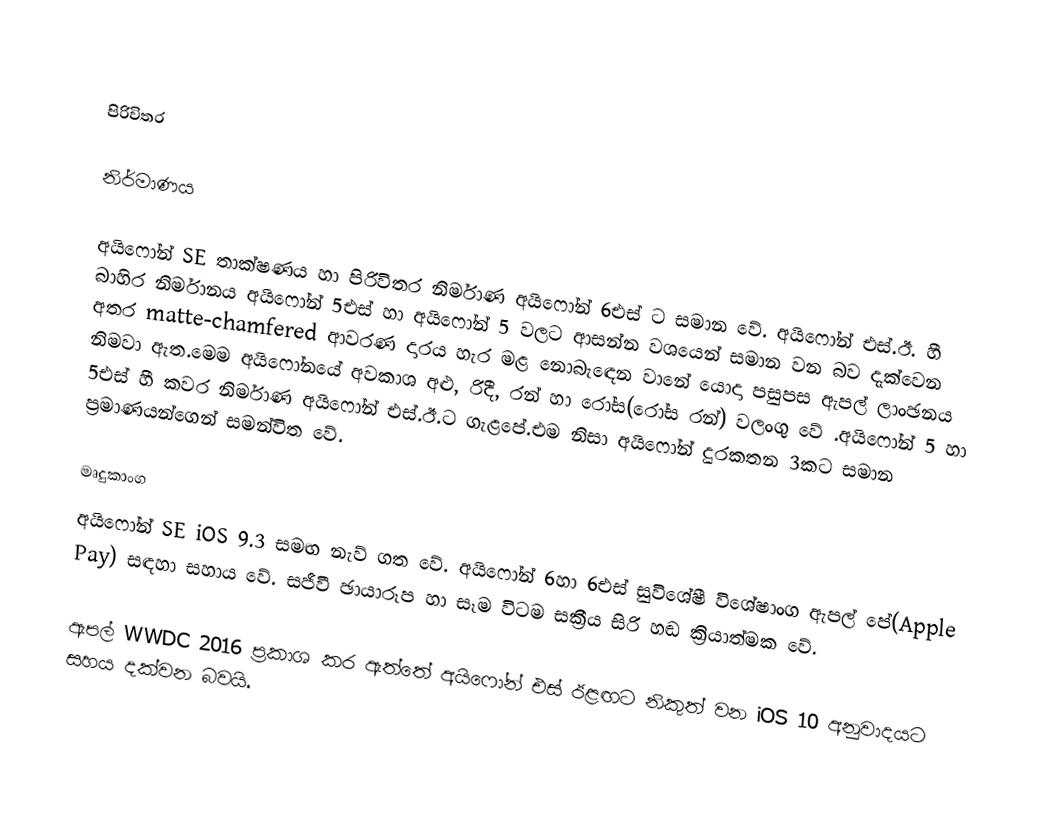

පිරිවිතර

නිර්මාණය

අයිෆෝන් SE තාක්ෂණය හා පිරිවිතර නිර්මාණ අයිෆෝන් 6එස් ට සමාන වේ. අයිෆෝන් එස්.ඊ. හී බාහිර නිර්මානය අයිෆෝන් 5එස් හා අයිෆෝන් 5 වලට ආසන්න වශයෙන් සමාන වන බව දැක්වෙන අතර matte-chamfered ආවරණ දාරය හැර මළ නොබැඳෙන වානේ යොදා පසුපස ඇපල් ලාංඡනය නිමවා ඇත.මෙම අයිෆෝනයේ අවකාශ අළු, රිදී, රන් හා රෝස(රෝස රන්) වලංගු වේ .අයිෆෝන් 5 හා 5එස් හී කවර නිර්මාණ අයිෆෝන් එස්.ඊ.ට ගැළපේ.එම නිසා අයිෆෝන් දුරකතන 3කට සමාන ප්‍රමාණයන්ගෙන් සමන්විත වේ.

මෘදුකාංග
අයිෆෝන් SE iOS 9.3 සමඟ නැව් ගත වේ. අයිෆෝන් 6හා 6එස් සුවිශේෂී විශේෂාංග ඇපල් පේ(Apple Pay) සඳහා සහාය වේ. සජීවී ඡායාරූප හා සෑම විටම සක්‍රීය සිරි හඬ ක්‍රියාත්මක වේ.

ඇපල් WWDC 2016 ප්‍රකාශ කර ඇත්තේ අයිෆෝන් එස් ඊළඟට නිකුත් වන iOS 10 අනුවාදයට සහය දක්වන බවයි.